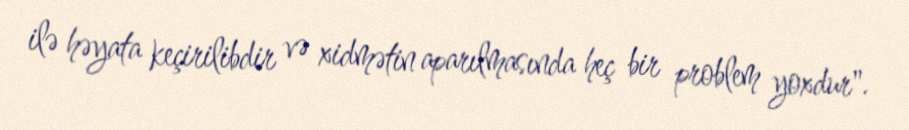
ilə həyata keçirilibdir və xidmətin aparılmasında heç bir problem yoxdur".